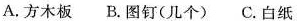
A.方木板 B.图钉(几个) C.白纸